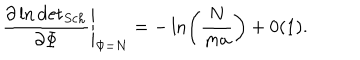
\left. \frac { \partial \ln \mathrm { d e t } _ { { S c h } } } { \partial \Phi } \right| _ { \Phi = N } = - \ln \left( \displaystyle \frac { N } { m a } \right) + 0 ( 1 ) .